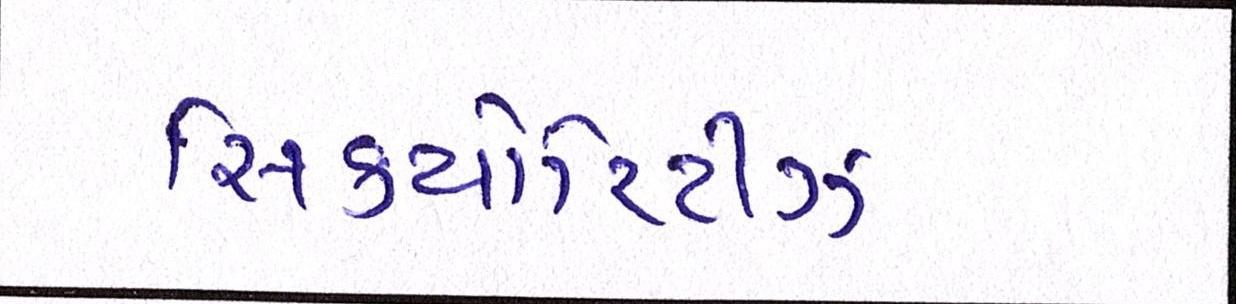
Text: સિક્યોરિટીઝ